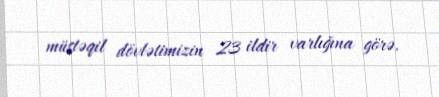
müstəqil dövlətimizin 23 ildir varlığına görə.